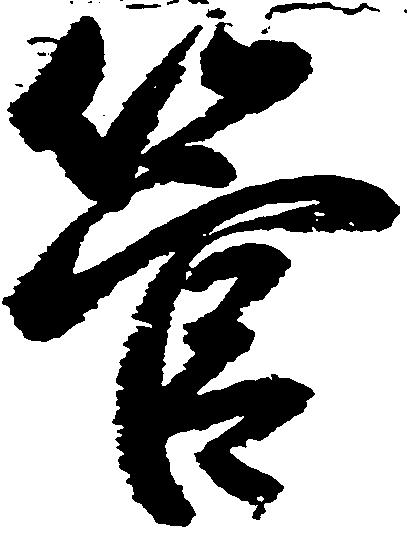
管